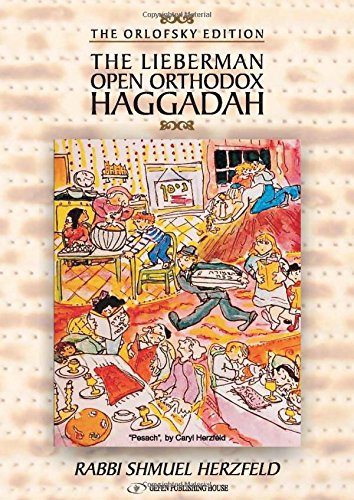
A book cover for The Lieberman Open Orthodox Haggadah; Rabbi Shmuel Herzfeld; Religion & Spirituality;